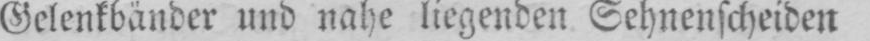
Gelenkbänder und nahe liegenden Sehnenscheiden